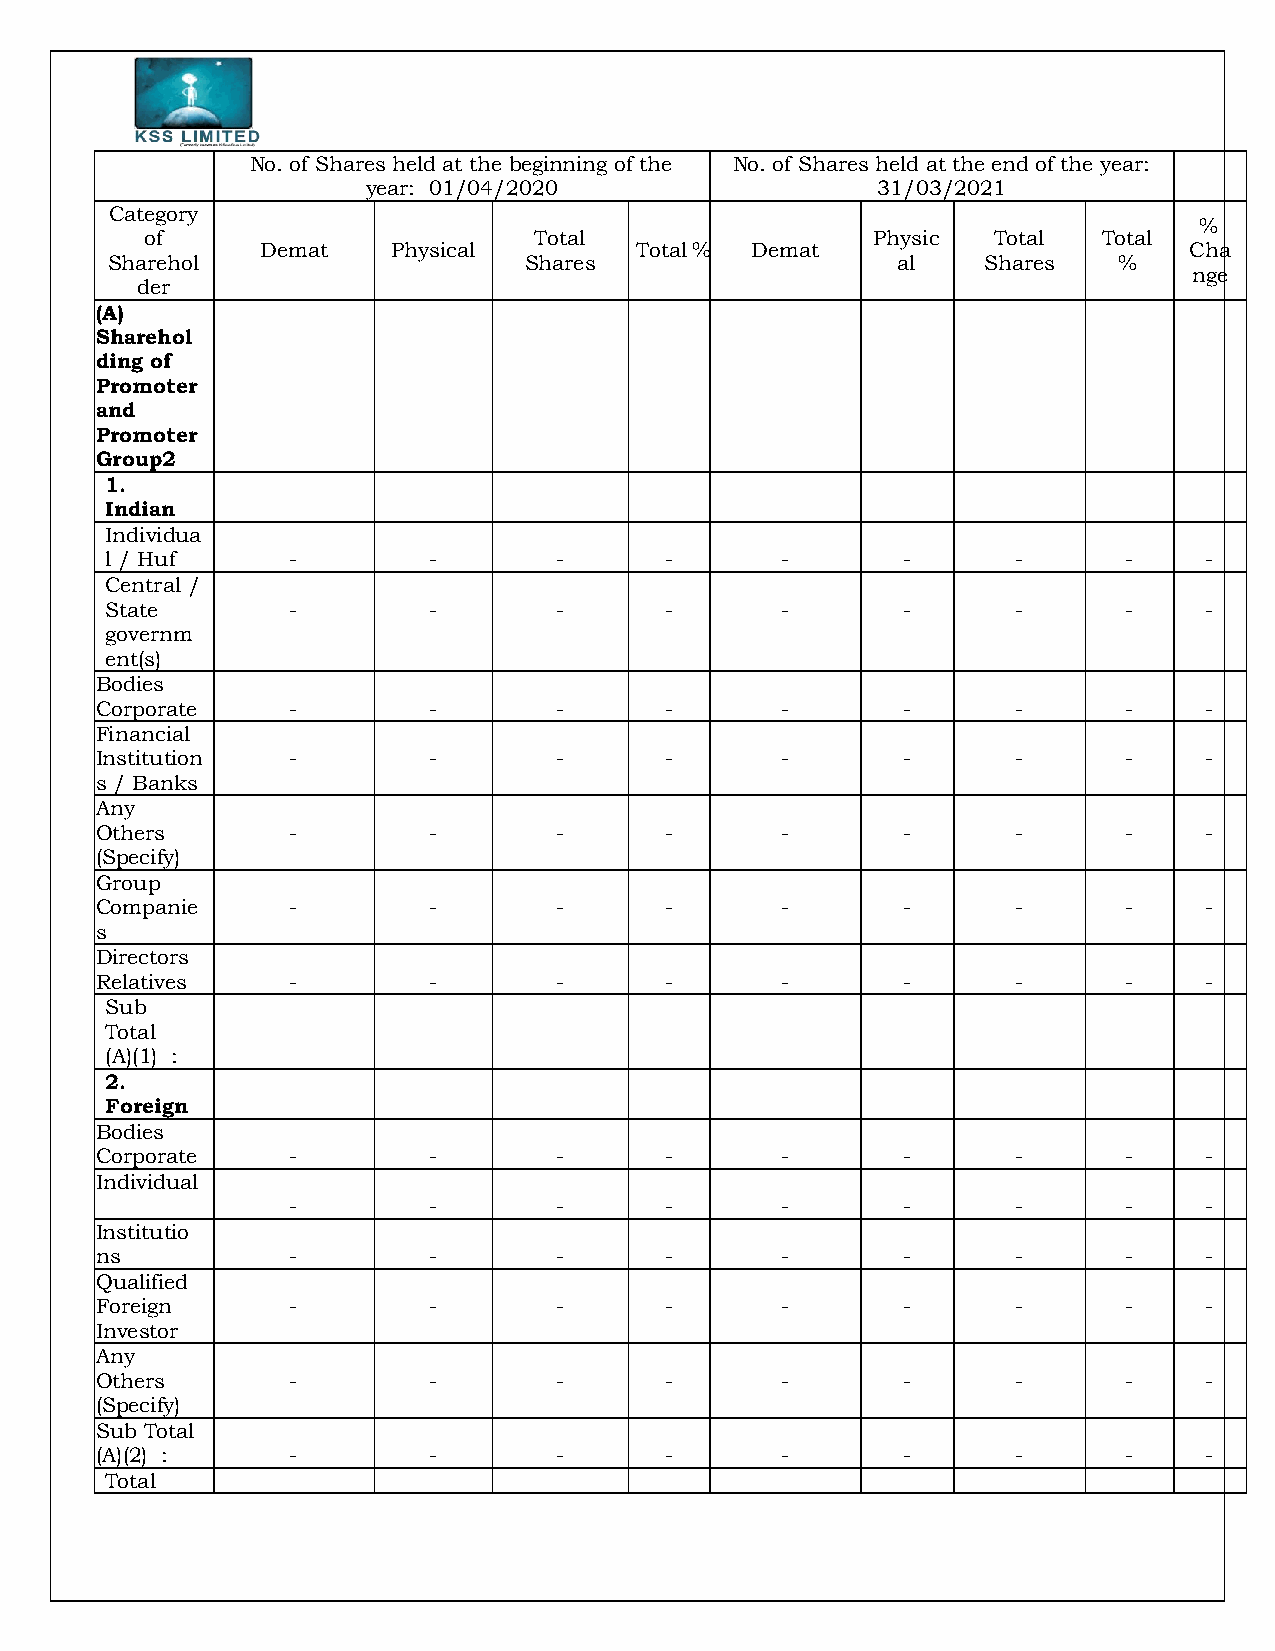
No. of Shares held at the beginning of the No. of Shares held at the end of the year:
 year: 01/04/2020                  31/03/2021
 Category
 %
 of                       Total                  Physic  Total  Total
 Demat    Physical        Total % Demat                        Cha
 Sharehol                    Shares                  al    Shares   %
 nge
 der
 (A)
 Sharehol
 ding of
 Promoter
 and
 Promoter
 Group2
 1.
 Indian
 Individua
 l / Huf     -        -        -      -       -       -      -       -    -
 Central /
 State       -        -        -      -       -       -      -       -    -
 governm
 ent(s)
 Bodies
 Corporate    -        -        -      -       -       -      -       -    -
 Financial
 Institution  -        -        -      -       -       -      -       -    -
 s / Banks
 Any
 Others       -        -        -      -       -       -      -       -    -
 (Specify)
 Group
 Companie     -        -        -      -       -       -      -       -    -
 s
 Directors
 Relatives    -        -        -      -       -       -      -       -    -
 Sub
 Total
 (A)(1) :
 2.
 Foreign
 Bodies
 Corporate    -        -        -      -       -       -      -       -    -
 Individual
 -        -        -      -       -       -      -       -    -
 Institutio
 ns           -        -        -      -       -       -      -       -    -
 Qualified
 Foreign      -        -        -      -       -       -      -       -    -
 Investor
 Any
 Others       -        -        -      -       -       -      -       -    -
 (Specify)
 Sub Total
 (A)(2) :     -        -        -      -       -       -      -       -    -
 Total